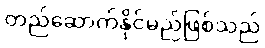
တည်ဆောက်နိုင်မည်ဖြစ်သည်